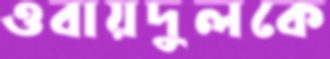
ওবায়দুলকে